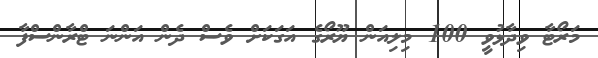
މަރޯޓާ ވިދާޅުވީ 100 މިލިއަން ޔޫރޯގެ އަގަކަށް ވެސް ދެން އަންނަ ޓްރާންސްފާ